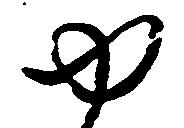
ゆ